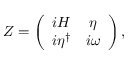
Z = \left( \begin{array} { c c } { { i H } } & { { \eta } } \\ { { i \eta ^ { \dag } } } & { { i \omega } } \end{array} \right) ,